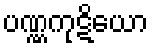
ပဏ္ဏကုဋိယော